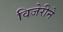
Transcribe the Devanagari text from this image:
विजेरीने